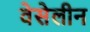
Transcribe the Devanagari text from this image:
वेसेलीन